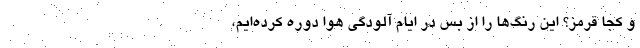
و کجا قرمز؟ این رنگ‌ها را از بس در ایام آلودگی هوا دوره کرده‌ایم،